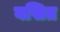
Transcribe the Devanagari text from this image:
वसित